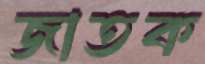
জাতক